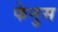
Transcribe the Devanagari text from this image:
फेनुस